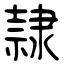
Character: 隷